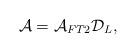
LaTeX: \begin{align*}\mathcal{A}=\mathcal{A}_{FT2}\mathcal{D}_L,\end{align*}